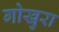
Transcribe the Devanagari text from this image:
गोखुरा